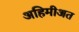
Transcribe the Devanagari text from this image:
अहिमीअत